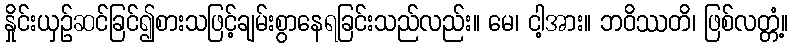
နှိုင်းယှဉ်ဆင်ခြင်၍စားသဖြင့်ချမ်းစွာနေရခြင်းသည်လည်း။ မေ၊ ငါ့အား။ ဘဝိဿတိ၊ ဖြစ်လတ္တံ့။